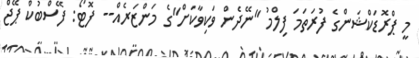
މީ ޕްރޮޑަކްޝަންގެ ފުރަތަމަ ފިލްމު "ނޭދެން ވަކިވާކަށް"ގެ މަންޒަރެއް-- ފޮޓޯ: ފޭސްބުކް ޕޭޖް